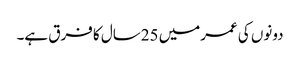
دونوں کی عمرمیں 25سال کا فرق ہے۔